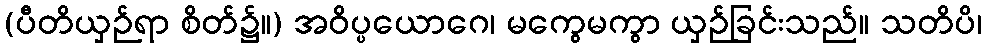
(ပီတိယှဉ်ရာ စိတ်၌။) အဝိပ္ပယောဂေ၊ မကွေမကွာ ယှဉ်ခြင်းသည်။ သတိပိ၊